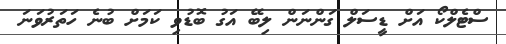
ސްޓެލްކޯ އަށް ޑީސަލް ގަންނަން ލިބޭ އަގު ބޮޑުވި ކަމަށް ބުނެ ހަތަރުވަނަ